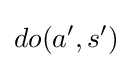
do(a',s')